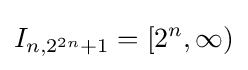
I_{n,2^{2n}+1}=[2^{n},\infty )